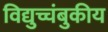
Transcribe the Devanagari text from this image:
विद्युच्चंबुकीय